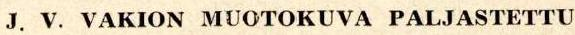
J. V. VAKION MUOTOKUVA PALJASTETTU